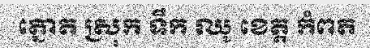
ត្នោត ស្រុក ទឹក ឈូ ខេត្ត កំពត